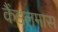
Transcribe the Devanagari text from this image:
कैंडलमास